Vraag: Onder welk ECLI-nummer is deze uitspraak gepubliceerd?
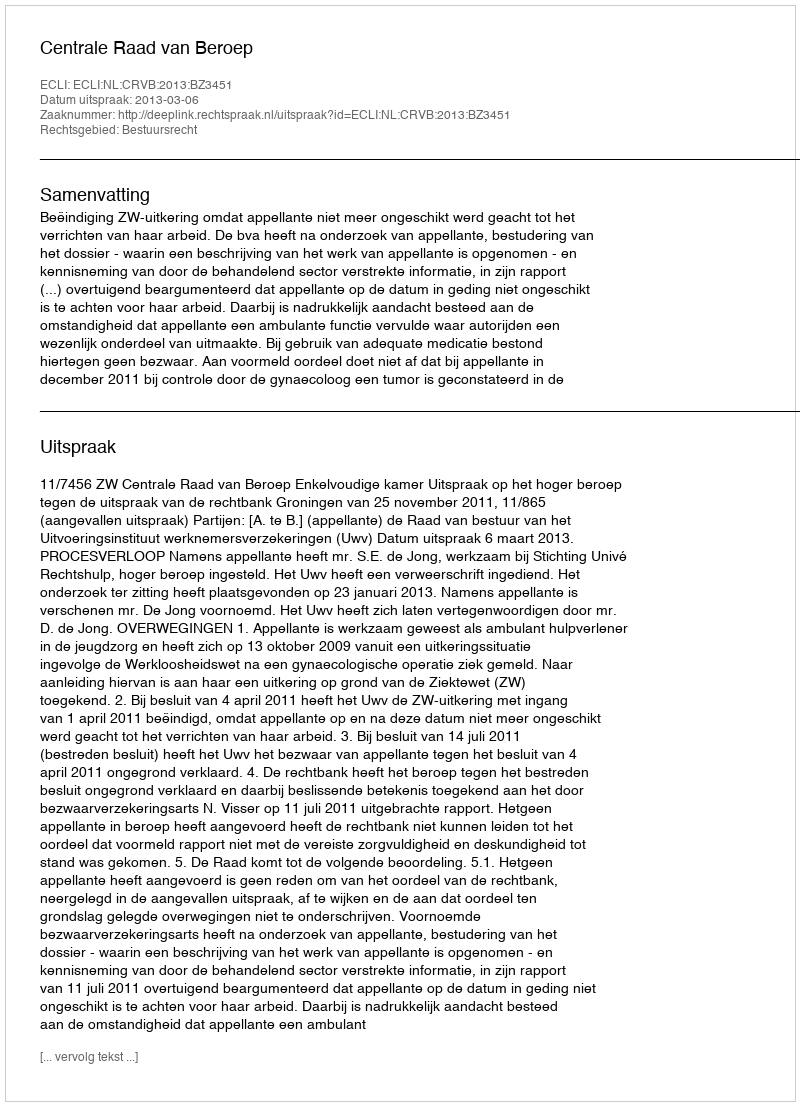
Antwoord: ECLI:NL:CRVB:2013:BZ3451